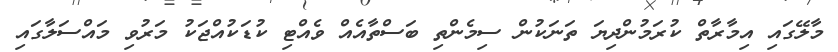
މާލޭގައި އިމާރާތް ކުރަމުންދިޔަ ތަނަކުން ސިމެންތި ބަސްތާއެއް ވެއްޓި ކުޑަކުއްޖަކު މަރުވި މައްސަލާގައި